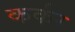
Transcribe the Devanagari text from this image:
कर्कर